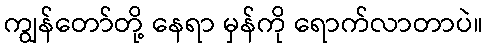
ကျွန်တော်တို့ နေရာ မှန်ကို ရောက်လာတာပဲ။